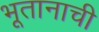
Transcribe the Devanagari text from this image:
भूतानाची